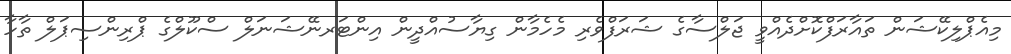
މިއެޕްލިކޭޝަން ތައާރަފްކޮށްދެއްވީ ޖަލްސާގެ ޝަރަފްވެރި މެހެމާން ގިޔާސުއްދީން އިންޓަރނޭޝަނަލް ސްކޫލްގެ ޕްރިންސިޕަލް ތާހާ